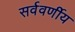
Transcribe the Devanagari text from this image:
सर्ववर्णीय